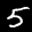
Label: 5